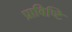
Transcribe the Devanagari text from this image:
प्राविष्टि